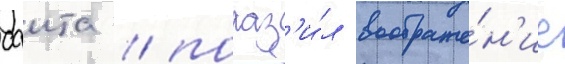
саита / пораз'и́л воображе́н'ие